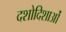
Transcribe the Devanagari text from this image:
दशोदिशाओं